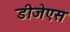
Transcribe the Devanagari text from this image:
डीजेएस